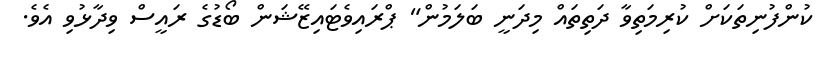
ކުންފުނިތަކަށް ކުރިމަތިވާ ދަތިތައް މިދަނީ ބަލަމުން" ޕްރައިވެޓައިޒޭޝަން ބޯޑުގެ ރައީސް ވިދާޅުވި އެވެ.